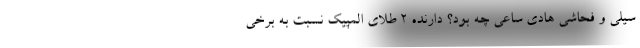
سیلی و فحاشی هادی ساعی چه بود؟ دارنده ۲ طلای المپیک نسبت به برخی